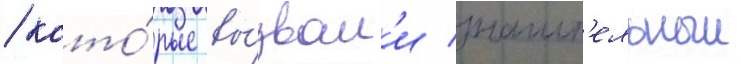
/ кото́рые вы́звал'и значит'ельныи